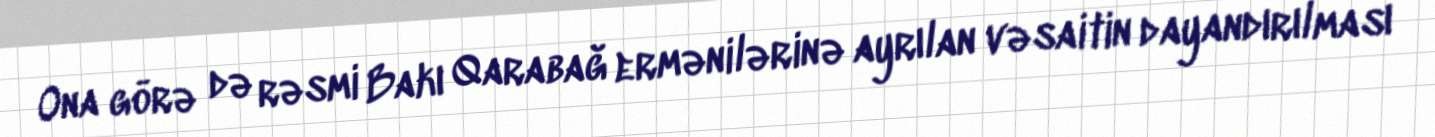
Ona görə də rəsmi Bakı Qarabağ ermənilərinə ayrılan vəsaitin dayandırılması